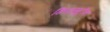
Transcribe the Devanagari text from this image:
ग़ियासुद्दीन